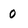
Character: 0